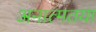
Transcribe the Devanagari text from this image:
अनात्मतया